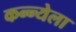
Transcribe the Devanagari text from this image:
कन्न्येला